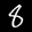
Label: 8